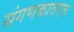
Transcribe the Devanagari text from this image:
संगणकावरच